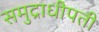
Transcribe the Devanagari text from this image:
समुद्राधीपती